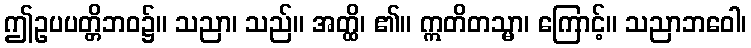
ဤဥပပတ္တိဘဝ၌။ သညာ၊ သည်။ အတ္ထိ၊ ၏။ ဣတိတသ္မာ၊ ကြောင့်။ သညာဘဝေါ၊